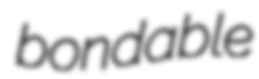
bondable